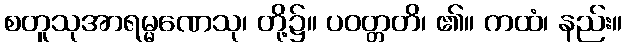
စတူသုအာရမ္မဏေသု၊ တို့၌။ ပဝတ္တတိ၊ ၏။ ကထံ၊ နည်း။